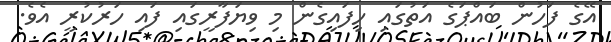
އޭގެ ފަހުން ބައްޕަގެ އަތުގައި ހިފައިގެން މި ވިޔަފާރީގައި ފައި ހަރުކުރީ އެވެ.